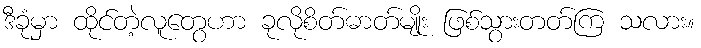
ဒီခုံမှာ ထိုင်တဲ့လူတွေဟာ ခုလိုစိတ်ဓာတ်မျိုး ဖြစ်သွားတတ်ကြ သလား။